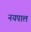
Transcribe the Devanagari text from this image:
नयपाल